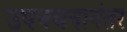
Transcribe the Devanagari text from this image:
उपनयनानंतर